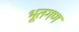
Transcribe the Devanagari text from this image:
भूतगण